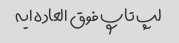
لپ تاپ فوق العاده ایه